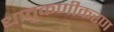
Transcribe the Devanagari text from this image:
धातुकणीकरण